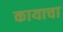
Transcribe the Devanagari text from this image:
कायाचा